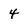
Character: 4